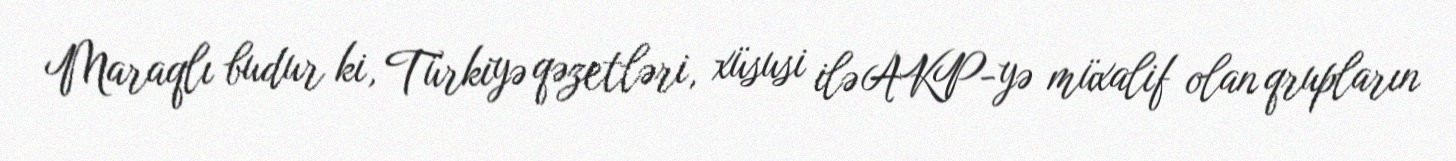
Maraqlı budur ki, Türkiyə qəzetləri, xüsusi ilə AKP-yə müxalif olan qrupların